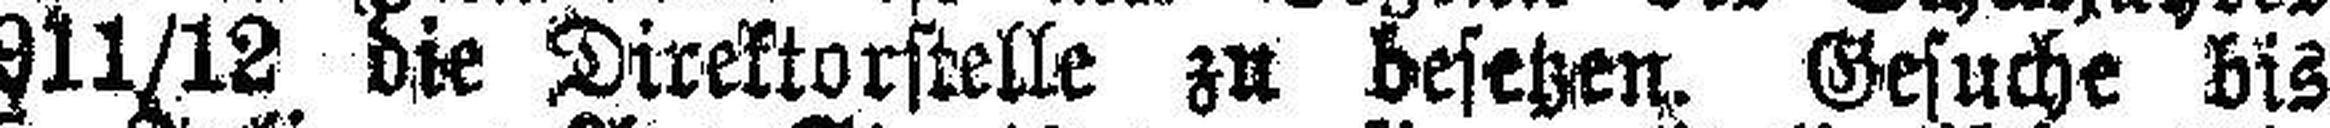
1911/12 die Direktorstelle zu besetzen. Gesuche bis